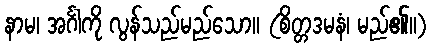
နာမ၊ အင်္ဂါကို လွန်သည်မည်သော။ (စိတ္တဒမနံ၊ မည်၏။)